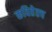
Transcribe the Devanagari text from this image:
कवितेतच